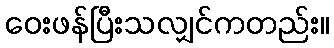
ဝေးဖန်ပြီးသလျှင်ကတည်း။